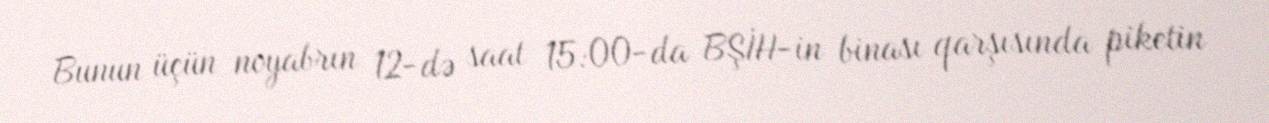
Bunun üçün noyabrın 12-də saat 15:00-da BŞİH-in binası qarşısında piketin